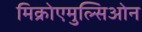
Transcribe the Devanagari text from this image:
मिक्रोएमुल्सिओन